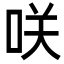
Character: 咲